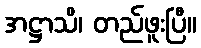
အဋ္ဌာသိ၊ တည်ဖူးပြီ။